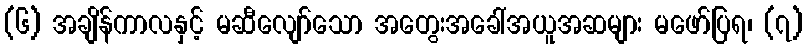
(၆) အချိန်ကာလနှင့် မဆီလျော်သော အတွေးအခေါ်အယူအဆများ မဖော်ပြရ၊ (၇)